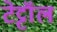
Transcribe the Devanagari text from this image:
टेट्टॉल